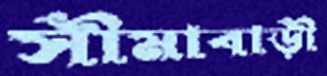
সীমাবাড়ী